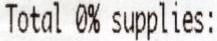
TOTAL 0% SUPPLIES: